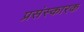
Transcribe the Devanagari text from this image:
प्रसंस्कारक